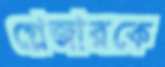
গ্লেজারকে